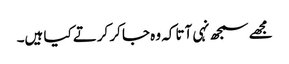
مجھے سمجھ نہی آتا کہ وہ جا کر کرتے کیا ہیں۔